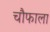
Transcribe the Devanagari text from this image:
चौफाला